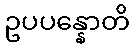
ဥပပန္နောတိ